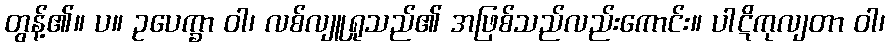
တွန့်၏။ ပ။ ဥပေက္ခာ ဝါ၊ လစ်လျူရှုသည်၏ အဖြစ်သည်လည်းကောင်း။ ပါဋိကုလျတာ ဝါ၊